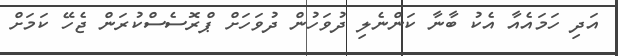
އަދި ހަމައެއާ އެކު ބާނާ ކަންނެލި ދުވަހުން ދުވަހަށް ޕްރޮސެސްކުރަން ޖެހޭ ކަމަށް